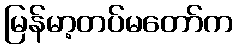
မြန်မာ့တပ်မတော်က